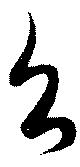
台